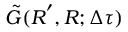
\tilde { G } ( \boldsymbol { R } ^ { \prime } , \boldsymbol { R } ; \Delta \tau )